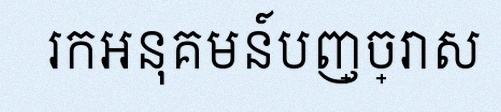
រកអនុគមន៍បញ្ច្រាស